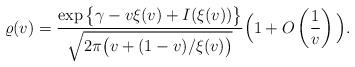
LaTeX: \begin{align*}\varrho(v)=\frac{\exp\big\{\gamma-v\xi(v)+I(\xi(v))\big\}}{\sqrt{2\pi \big(v+(1-v)/\xi(v)\big)}}\Big(1+O\left(\frac{1}{v}\right)\Big).\end{align*}